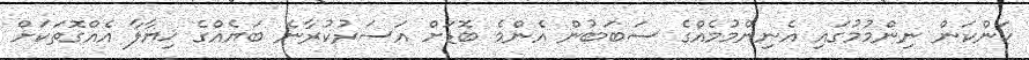
ކަންކަން ނިންމުމުގައި އެނިންމުމެއްގެ ސަބަބުން އެންމެ ބޮޑަށް އަސަރުކުރާނެ ބަޔެއްގެ ޚިޔާލާ އެއްގޮތަކަށް